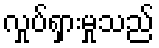
လှုပ်ရှားမှုသည်